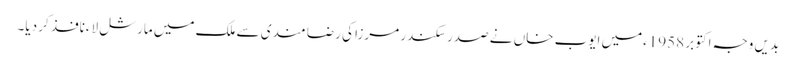
بدیں وجہ اکتوبر 1958ءمیں ایوب خاں نے صدر سکندر مرزا کی رضا مندی سے ملک میں مارشل لاءنافذ کر دیا۔